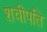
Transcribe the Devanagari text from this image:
शचीपति